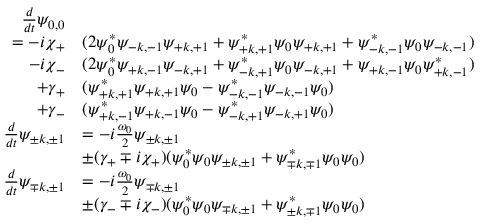
\begin{array} { r l } { \frac { d } { d t } \psi _ { 0 , 0 } } & { } \\ { = - i \chi _ { + } } & { ( 2 \psi _ { 0 } ^ { * } \psi _ { \mathrm { - } k , \mathrm { - } 1 } \psi _ { \mathrm { + } k , \mathrm { + } 1 } + \psi _ { \mathrm { + } k , \mathrm { + } 1 } ^ { * } \psi _ { 0 } \psi _ { \mathrm { + } k , \mathrm { + } 1 } + \psi _ { \mathrm { - } k , \mathrm { - } 1 } ^ { * } \psi _ { 0 } \psi _ { \mathrm { - } k , \mathrm { - } 1 } ) } \\ { - i \chi _ { - } } & { ( 2 \psi _ { 0 } ^ { * } \psi _ { \mathrm { + } k , \mathrm { - } 1 } \psi _ { \mathrm { - } k , \mathrm { + } 1 } + \psi _ { \mathrm { - } k , \mathrm { + } 1 } ^ { * } \psi _ { 0 } \psi _ { \mathrm { - } k , \mathrm { + } 1 } + \psi _ { \mathrm { + } k , \mathrm { - } 1 } \psi _ { 0 } \psi _ { \mathrm { + } k , \mathrm { - } 1 } ^ { * } ) } \\ { + \gamma _ { + } } & { ( \psi _ { \mathrm { + } k , \mathrm { + } 1 } ^ { * } \psi _ { \mathrm { + } k , \mathrm { + } 1 } \psi _ { 0 } - \psi _ { \mathrm { - } k , \mathrm { - } 1 } ^ { * } \psi _ { \mathrm { - } k , \mathrm { - } 1 } \psi _ { 0 } ) } \\ { + \gamma _ { - } } & { ( \psi _ { \mathrm { + } k , \mathrm { - } 1 } ^ { * } \psi _ { \mathrm { + } k , \mathrm { - } 1 } \psi _ { 0 } - \psi _ { \mathrm { - } k , \mathrm { + } 1 } ^ { * } \psi _ { \mathrm { - } k , \mathrm { + } 1 } \psi _ { 0 } ) } \\ { \frac { d } { d t } \psi _ { \pm k , \pm 1 } } & { = - i \frac { \omega _ { 0 } } { 2 } \psi _ { \pm k , \pm 1 } } \\ & { \pm ( \gamma _ { + } \mp i \chi _ { + } ) ( \psi _ { 0 } ^ { * } \psi _ { 0 } \psi _ { \pm k , \pm 1 } + \psi _ { \mp k , \mp 1 } ^ { * } \psi _ { 0 } \psi _ { 0 } ) } \\ { \frac { d } { d t } \psi _ { \mp k , \pm 1 } } & { = - i \frac { \omega _ { 0 } } { 2 } \psi _ { \mp k , \pm 1 } } \\ & { \pm ( \gamma _ { - } \mp i \chi _ { - } ) ( \psi _ { 0 } ^ { * } \psi _ { 0 } \psi _ { \mp k , \pm 1 } + \psi _ { \pm k , \mp 1 } ^ { * } \psi _ { 0 } \psi _ { 0 } ) } \end{array}